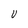
Character: U